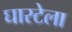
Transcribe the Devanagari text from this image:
घारटेला